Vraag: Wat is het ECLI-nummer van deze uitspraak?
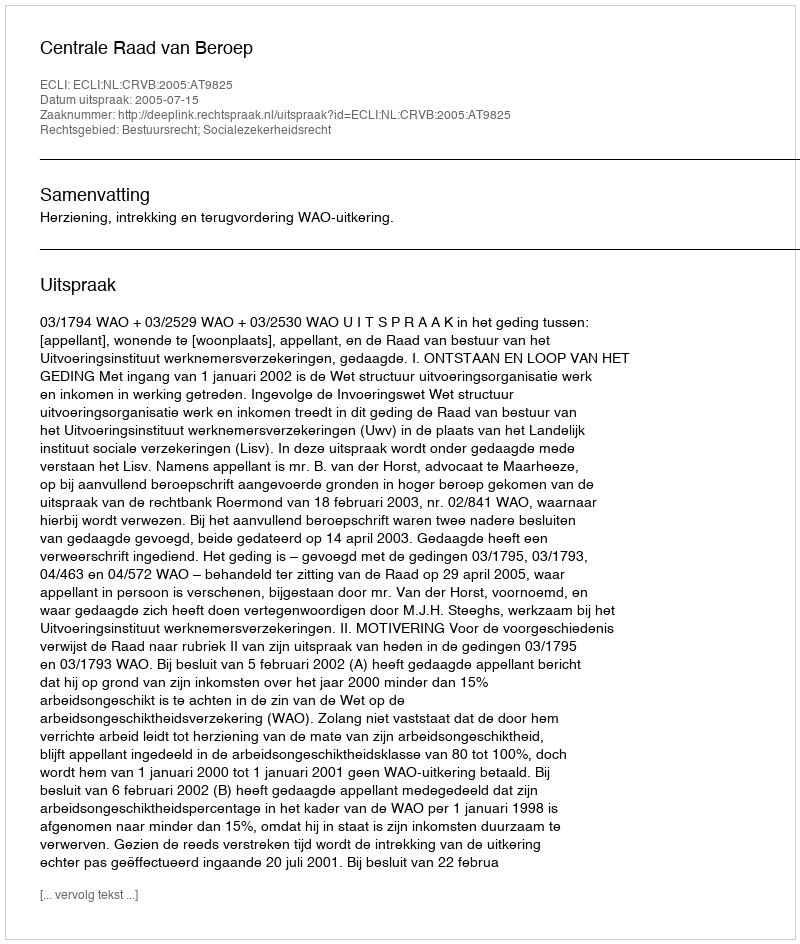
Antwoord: ECLI:NL:CRVB:2005:AT9825